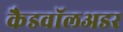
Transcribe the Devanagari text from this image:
कैडवॉलअडर